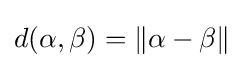
d(\alpha ,\beta )=\|\alpha -\beta \|